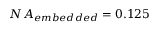
N A _ { e m b e d d e d } = 0 . 1 2 5